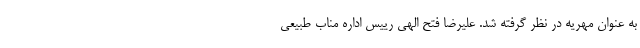
به عنوان مهریه در نظر گرفته شد. علیرضا فتح الهی رییس اداره مناب طبیعی